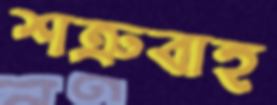
শত্রুবাহ